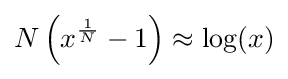
N\left(x^{\frac {1}{N}}-1\right)\approx \log(x)